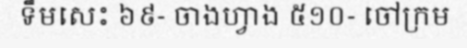
ទឹមសេះ ៦៩- ចាងហ្វាង ៥១០- ចៅក្រម